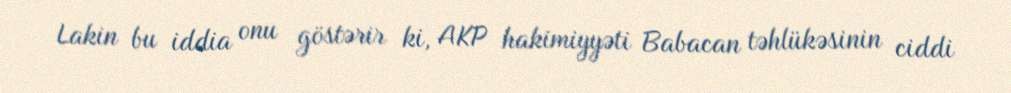
Lakin bu iddia onu göstərir ki, AKP hakimiyyəti Babacan təhlükəsinin ciddi